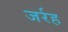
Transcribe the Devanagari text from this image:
जर्रह